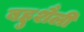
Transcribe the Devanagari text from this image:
बहुशैली